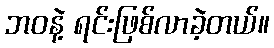
ဘဝနဲ့ ရင်းဖြစ်လာခဲ့တယ်။